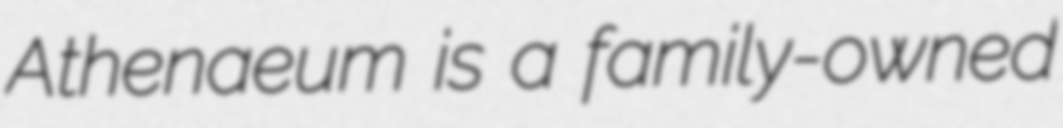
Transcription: Athenaeum is a family-owned